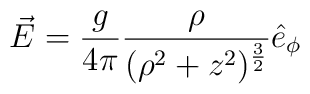
\vec{E} = \frac{g}{4\pi} \frac{\rho}{(\rho^{2}+z^{2})^{\frac{3}{2}}}\hat{e}_{\phi}